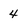
Character: 4